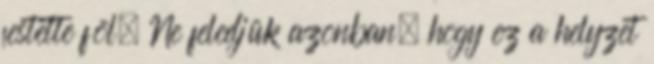
festette föl. Ne feledjük azonban, hogy ez a helyzet